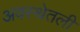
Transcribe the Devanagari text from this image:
अवस्थेतली